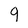
Character: 9